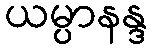
ယမ္ပာနန္ဒ